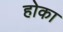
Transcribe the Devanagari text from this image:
होका